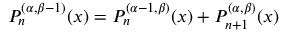
P _ { n } ^ { ( \alpha , \beta - 1 ) } ( x ) = P _ { n } ^ { ( \alpha - 1 , \beta ) } ( x ) + P _ { n + 1 } ^ { ( \alpha , \beta ) } ( x )